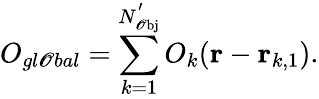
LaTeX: O_{gl\mathscr{O}bal}=\sum_{k=1}^{N_{\mathrm{{{\mathscr{O}bj}}}}^{'}}O_{k}(\mathbf{{r}}-\mathbf{{r}}_{k,1}).